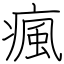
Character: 瘋